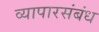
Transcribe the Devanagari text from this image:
व्यापारसंबंध